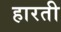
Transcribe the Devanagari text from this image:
हारती